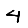
Digit: 4